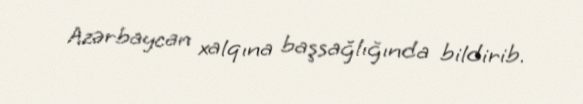
Azərbaycan xalqına başsağlığında bildirib.